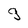
Character: g